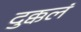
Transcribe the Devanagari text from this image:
दुक्कलं